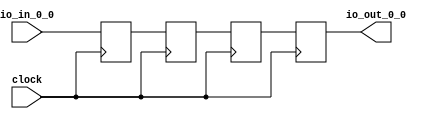
// Copyright (c) 2017, Microsemi Corporation
// All rights reserved.
//
// Redistribution and use in source and binary forms, with or without
// modification, are permitted provided that the following conditions are met:
//     * Redistributions of source code must retain the above copyright
//       notice, this list of conditions and the following disclaimer.
//     * Redistributions in binary form must reproduce the above copyright
//       notice, this list of conditions and the following disclaimer in the
//       documentation and/or other materials provided with the distribution.
//     * Neither the name of the <organization> nor the
//       names of its contributors may be used to endorse or promote products
//       derived from this software without specific prior written permission.
//
// THIS SOFTWARE IS PROVIDED BY THE COPYRIGHT HOLDERS AND CONTRIBUTORS "AS IS" AND
// ANY EXPRESS OR IMPLIED WARRANTIES, INCLUDING, BUT NOT LIMITED TO, THE IMPLIED
// WARRANTIES OF MERCHANTABILITY AND FITNESS FOR A PARTICULAR PURPOSE ARE
// DISCLAIMED. IN NO EVENT SHALL MICROSEMI CORPORATIONM BE LIABLE FOR ANY
// DIRECT, INDIRECT, INCIDENTAL, SPECIAL, EXEMPLARY, OR CONSEQUENTIAL DAMAGES
// (INCLUDING, BUT NOT LIMITED TO, PROCUREMENT OF SUBSTITUTE GOODS OR SERVICES;
// LOSS OF USE, DATA, OR PROFITS; OR BUSINESS INTERRUPTION) HOWEVER CAUSED AND
// ON ANY THEORY OF LIABILITY, WHETHER IN CONTRACT, STRICT LIABILITY, OR TORT
// (INCLUDING NEGLIGENCE OR OTHERWISE) ARISING IN ANY WAY OUT OF THE USE OF THIS
// SOFTWARE, EVEN IF ADVISED OF THE POSSIBILITY OF SUCH DAMAGE.
//
// APACHE LICENSE
// Copyright (c) 2017, Microsemi Corporation 
//
// Licensed under the Apache License, Version 2.0 (the "License");
// you may not use this file except in compliance with the License.
// You may obtain a copy of the License at
//
//    http://www.apache.org/licenses/LICENSE-2.0
//
// Unless required by applicable law or agreed to in writing, software
// distributed under the License is distributed on an "AS IS" BASIS,
// WITHOUT WARRANTIES OR CONDITIONS OF ANY KIND, either express or implied.
// See the License for the specific language governing permissions and
// limitations under the License.
//
// Description:
//
// SVN Revision Information:
// SVN $Revision: $
// SVN $Date: $
//
// Resolved SARs
// SAR      Date     Who   Description
//
// Notes:
//
// ****************************************************************************/
`define RANDOMIZE
`timescale 1ns/10ps
module PROC_SUBSYSTEM_MIV_RV32IMA_L1_AHB_0_MIV_RV32IMA_L1_AHB_INT_XING_XING(
  input   clock,
  input   io_in_0_0,
  output  io_out_0_0
);
  reg  _T_19_0;
  reg [31:0] _RAND_0;
  reg  _T_37_0;
  reg [31:0] _RAND_1;
  reg  _T_63_0;
  reg [31:0] _RAND_2;
  reg  _T_97_0;
  reg [31:0] _RAND_3;
  assign io_out_0_0 = _T_97_0;
`ifdef RANDOMIZE
  integer initvar;
  initial begin
    `ifndef verilator
      #0.002 begin end
    `endif
  `ifdef RANDOMIZE_REG_INIT
  _RAND_0 = {1{$random}};
  _T_19_0 = _RAND_0[0:0];
  `endif // RANDOMIZE_REG_INIT
  `ifdef RANDOMIZE_REG_INIT
  _RAND_1 = {1{$random}};
  _T_37_0 = _RAND_1[0:0];
  `endif // RANDOMIZE_REG_INIT
  `ifdef RANDOMIZE_REG_INIT
  _RAND_2 = {1{$random}};
  _T_63_0 = _RAND_2[0:0];
  `endif // RANDOMIZE_REG_INIT
  `ifdef RANDOMIZE_REG_INIT
  _RAND_3 = {1{$random}};
  _T_97_0 = _RAND_3[0:0];
  `endif // RANDOMIZE_REG_INIT
  end
`endif // RANDOMIZE
  always @(posedge clock) begin
    _T_19_0 <= io_in_0_0;
    _T_37_0 <= _T_19_0;
    _T_63_0 <= _T_37_0;
    _T_97_0 <= _T_63_0;
  end
endmodule